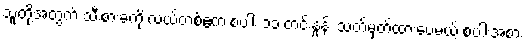
သူတို့အတွက် သီးစားခကို လယ်တစ်ဧက စပါး ၁၁ တင်းနှုန်း သတ်မှတ်ထားပေမယ့် စပါးအစား